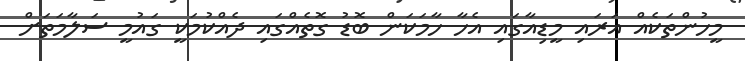
މީހުންތަކެއް އަރައި މީޑިއާގައި އެހާ ހާމަކަން ބޮޑު ގޮތެއްގައި ދެއްކުމަކީ ގައުމީ ސަލާމަތަށް